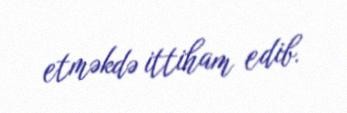
etməkdə ittiham edib.